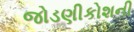
જોડણીકોશની